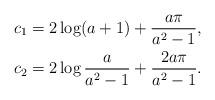
LaTeX: \begin{align*}c_1 &= 2\log (a+1) + \frac{a\pi}{a^2 -1}, \\c_2 &= 2\log\frac{a}{a^2 -1} + \frac{2a\pi}{a^2 - 1}. \end{align*}